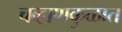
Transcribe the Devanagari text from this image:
चव्हाणकुळात